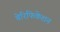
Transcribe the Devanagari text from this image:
वेरिफिकेशन